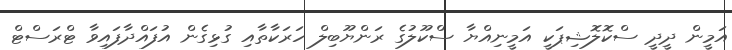
އަމީން ދީދީ ސްކޮލޮޝިޕަކީ އަމީނިއްޔާ ސްކޫލުގެ ރަންޔޫބިލް ހަރަކާތާއި ގުޅިގެން އުފައްދާފައިވާ ޓްރަސްޓް